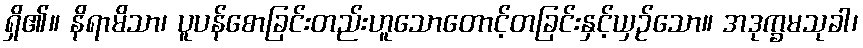
ရှိ၏။ နိရာမိသာ၊ ပူပန်စောခြင်းတည်းဟူသောတောင့်တခြင်းနှင့်ယှဉ်သော။ အဒုက္ခမသုခါ၊